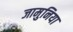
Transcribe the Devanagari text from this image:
जामुनिया